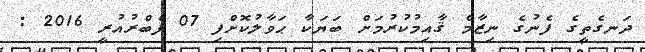
ދަނގެތީގެ ފެނުގެ ނިޒާމް ޤާއިމުކުރުމަށް ބަޔަކާ ޙަވާލުކޮށްފި 07 ފެބްރުއުރީ 2016 :